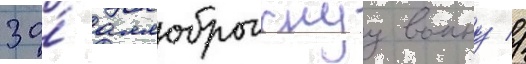
за́ аллоброгскуу воину //